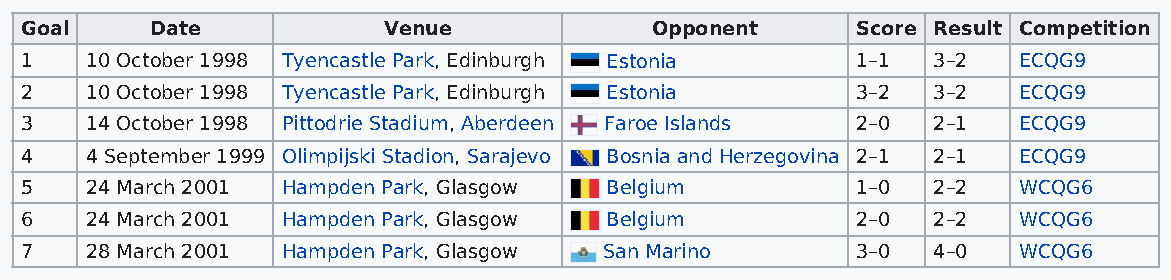
Goal     Date           Venue             Opponent      Score Result Competition
 1    10 October 1998 Tyencastle Park, Edinburgh Estonia 1–1  3–2  ECQG9
 2    10 October 1998 Tyencastle Park, Edinburgh Estonia 3–2  3–2  ECQG9
 3    14 October 1998 Pittodrie Stadium, Aberdeen Faroe Islands 2–0 2–1 ECQG9
 4    4 September 1999 Olimpijski Stadion, Sarajevo Bosnia and Herzegovina 2–1 2–1 ECQG9
 5    24 March 2001 Hampden Park, Glasgow Belgium        1–0  2–2  WCQG6
 6    24 March 2001 Hampden Park, Glasgow Belgium        2–0  2–2  WCQG6
 7    28 March 2001 Hampden Park, Glasgow San Marino     3–0  4–0  WCQG6